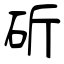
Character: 斫